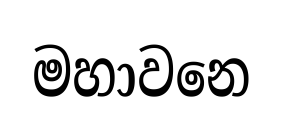
මහාවනෙ